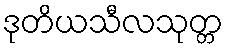
ဒုတိယသီလသုတ္တ